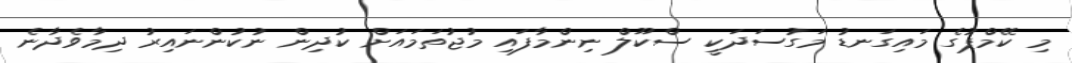
މި ކޭމްޕުގެ މައިގަނޑު މަގުސަދަކީ ސްކޫލް ނިންމާފައި މުޖުތަމައަށް ކުދިން ނުކުންނައިރު ދިމާވެދާނެ